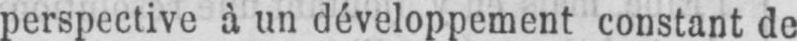
perspective à un développement constant de